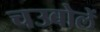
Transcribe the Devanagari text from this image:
चउबोलें